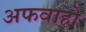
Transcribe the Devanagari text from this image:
अफवाहो